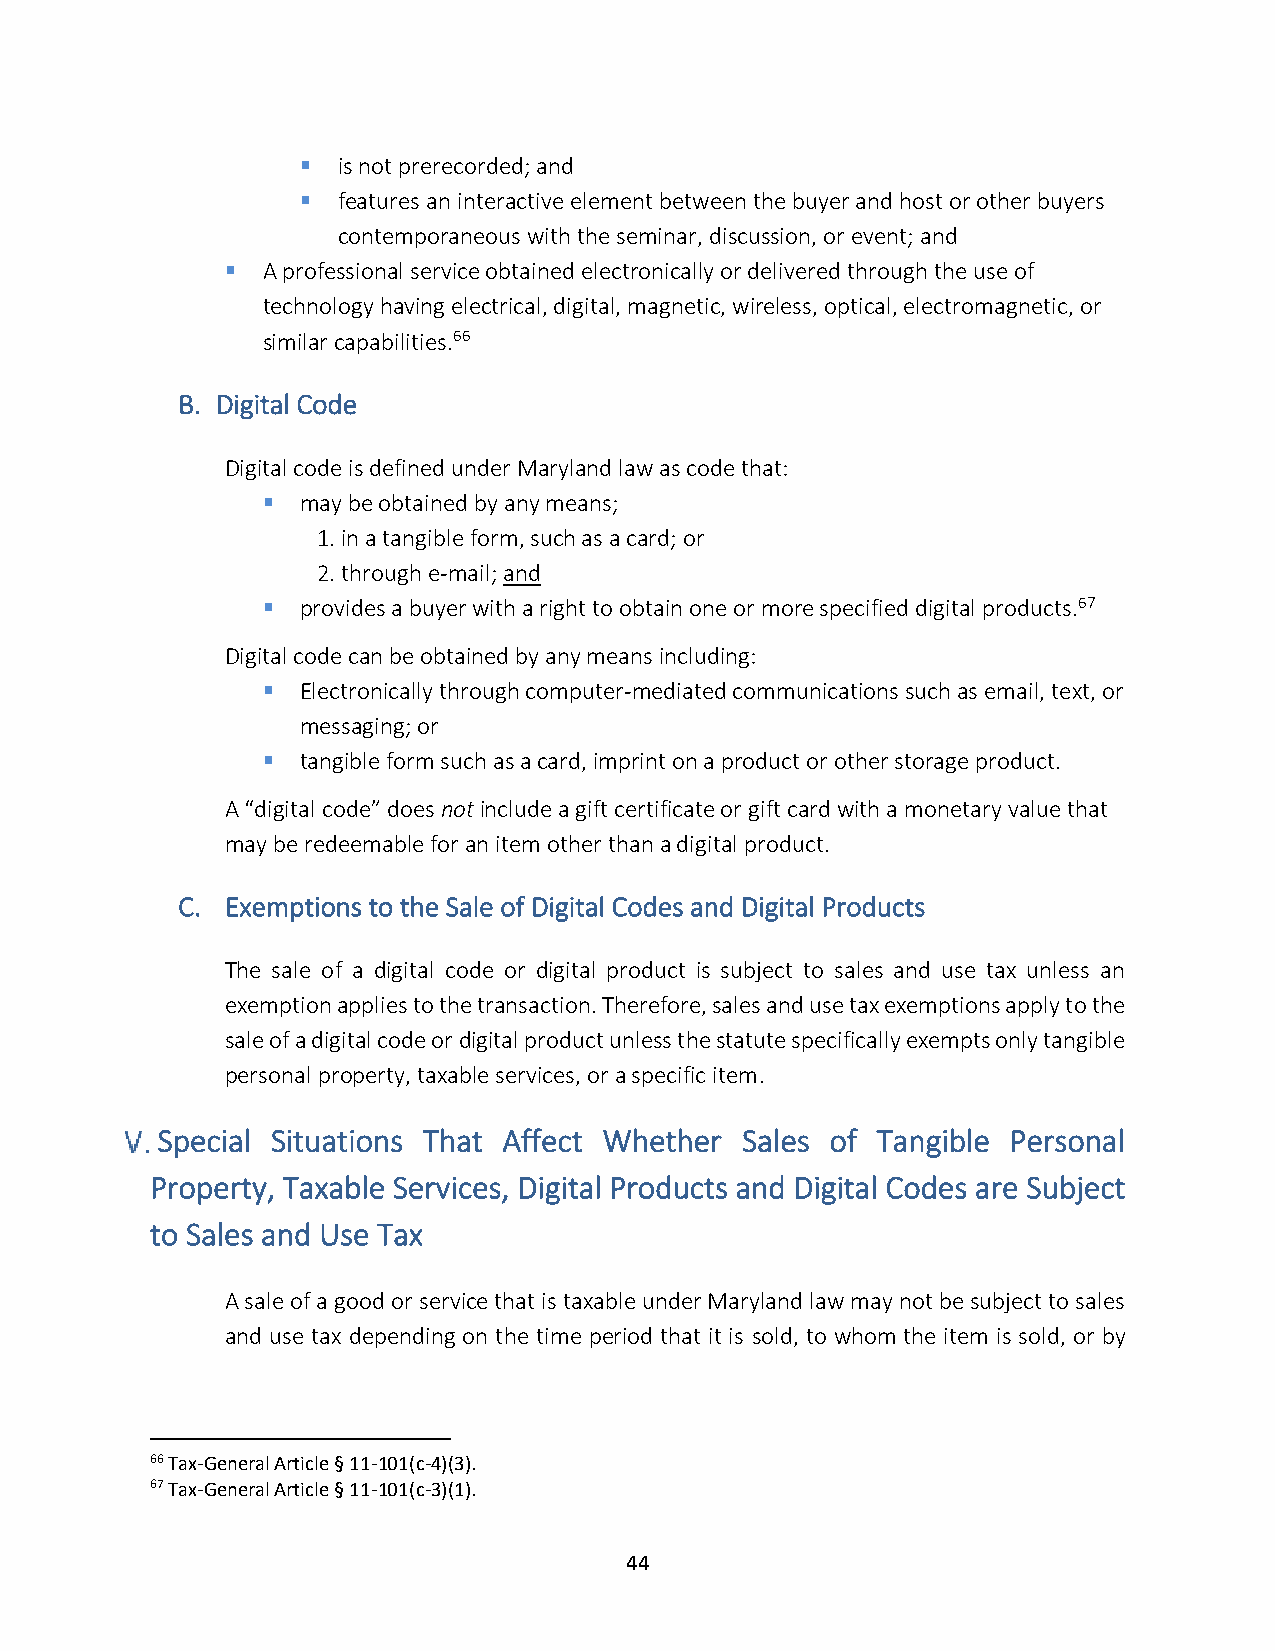
▪ is not prerecorded; and
 ▪ features an interactive element between the buyer and host or other buyers
 contemporaneous with the seminar, discussion, or event; and
 ▪ A professional service obtained electronically or delivered through the use of
 technology having electrical, digital, magnetic, wireless, optical, electromagnetic, or
 similar capabilities.66
 B. Digital Code
 Digital code is defined under Maryland law as code that:
 ▪  may be obtained by any means;
 1. in a tangible form, such as a card; or
 2. through e-mail; and
 ▪  provides a buyer with a right to obtain one or more specified digital products.67
 Digital code can be obtained by any means including:
 ▪  Electronically through computer-mediated communications such as email, text, or
 messaging; or
 ▪  tangible form such as a card, imprint on a product or other storage product.
 A “digital code” does not include a gift certificate or gift card with a monetary value that
 may be redeemable for an item other than a digital product.
 C. Exemptions to the Sale of Digital Codes and Digital Products
 The sale of a digital code or digital product is subject to sales and use tax unless an
 exemption applies to the transaction. Therefore, sales and use tax exemptions apply to the
 sale of a digital code or digital product unless the statute specifically exempts only tangible
 personal property, taxable services, or a specific item.
 Special Situations That Affect Whether Sales of Tangible Personal
 Property, Taxable Services, Digital Products and Digital Codes are Subject
 to Sales and Use Tax
 A sale of a good or service that is taxable under Maryland law may not be subject to sales
 and use tax depending on the time period that it is sold, to whom the item is sold, or by
 66 Tax-General Article § 11-101(c-4)(3).
 67 Tax-General Article § 11-101(c-3)(1).
 44